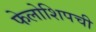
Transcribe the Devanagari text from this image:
फेलोशिपची